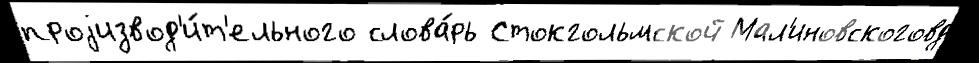
проjизвод'и́т'ельного слова́рь Стокгольмской Мал'иновскоговд